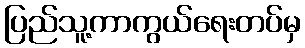
ပြည်သူ့ကာကွယ်ရေးတပ်မှ